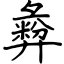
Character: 彜